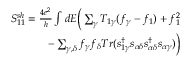
\begin{array} { r } { { S _ { 1 1 } ^ { s h } = \frac { 4 e ^ { 2 } } { h } \int d E \bigg ( \sum _ { \gamma } T _ { 1 \gamma } ( f _ { \gamma } - f _ { 1 } ) + f _ { 1 } ^ { 2 } } } \\ { { - \sum _ { \gamma , \delta } f _ { \gamma } f _ { \delta } T r ( s _ { 1 \gamma } ^ { \dagger } s _ { \alpha \delta } s _ { \alpha \delta } ^ { \dagger } s _ { \alpha \gamma } ) \bigg ) } } \end{array}